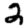
Digit: 2